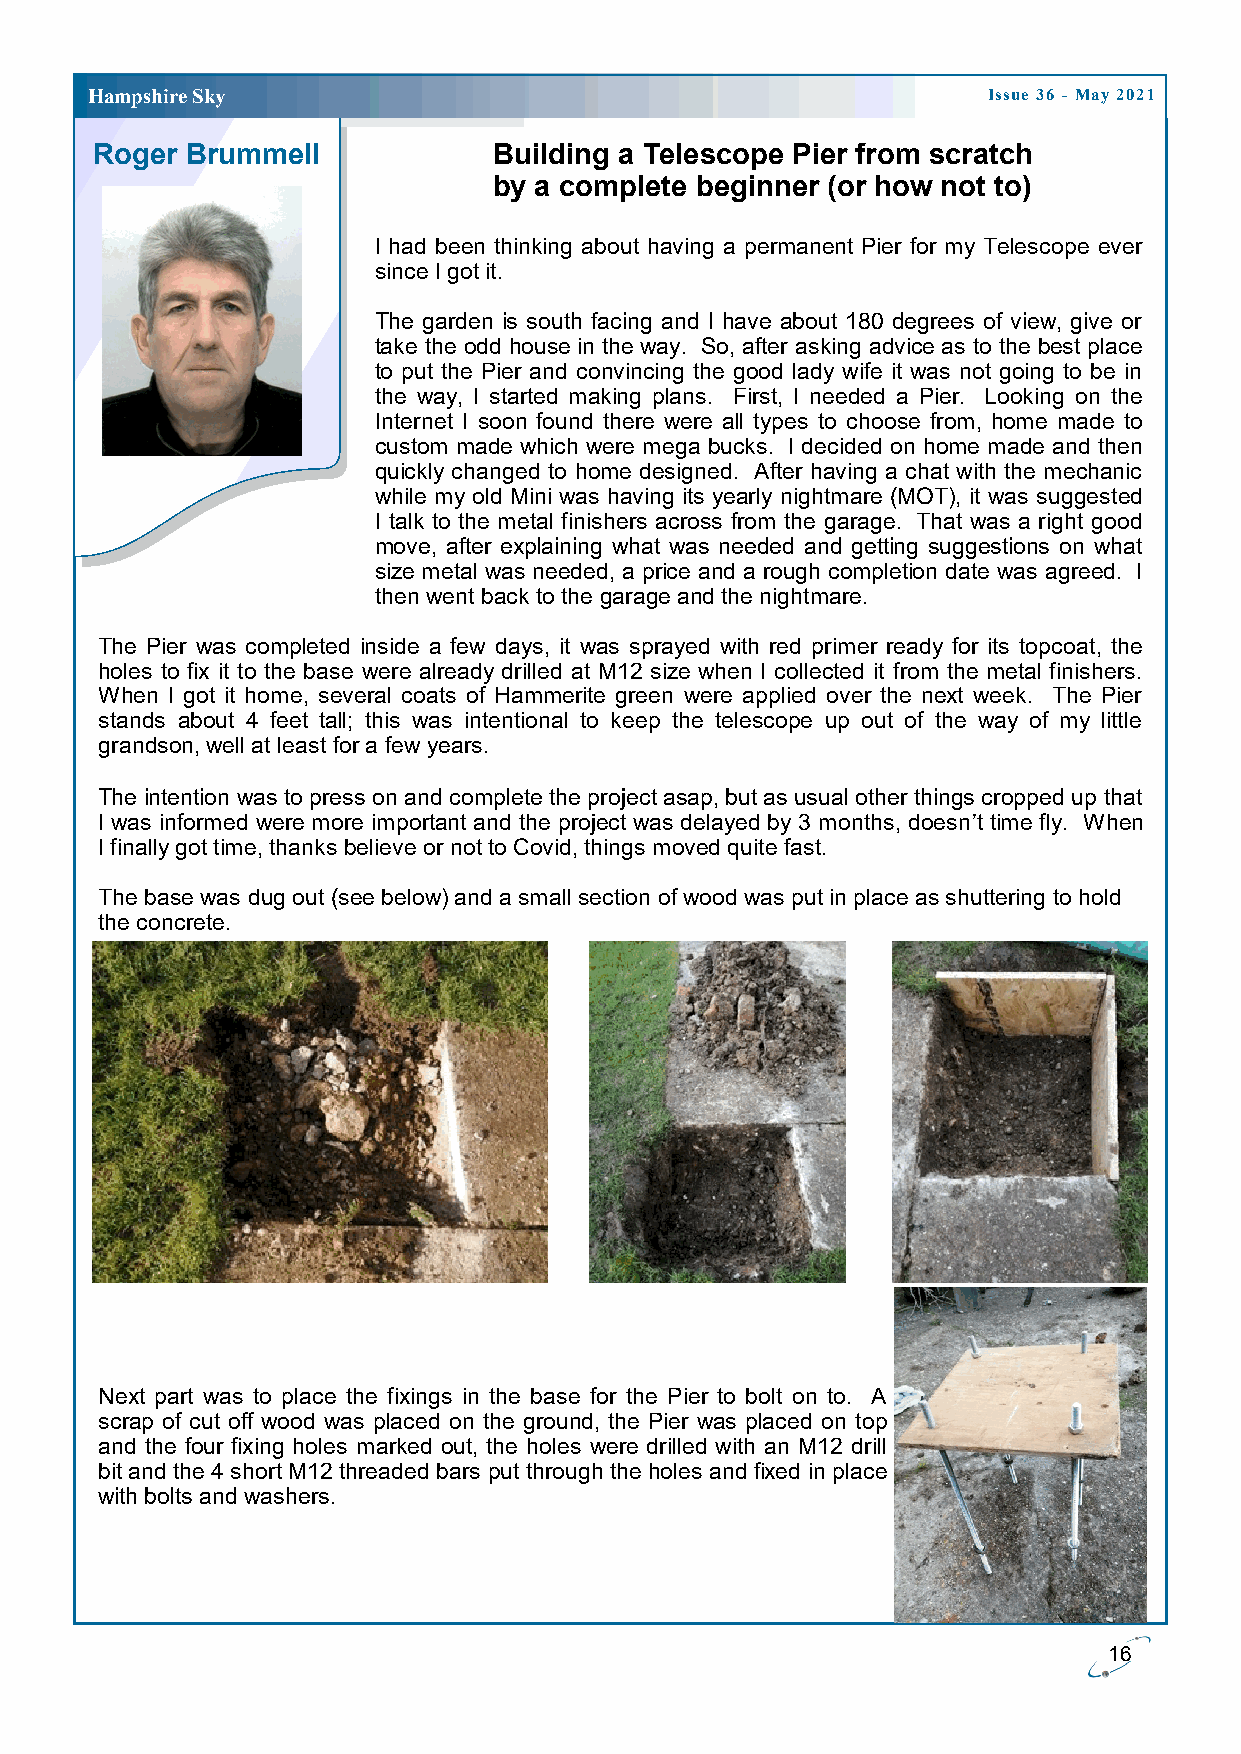
H ampshire Sky                                             Issue 36 - May 2021
 Roger Brummell             Building a Telescope Pier from scratch
 by a complete beginner (or how not to)
 I had been thinking about having a permanent Pier for my Telescope ever
 since I got it.
 The garden is south facing and I have about 180 degrees of view, give or
 take the odd house in the way. So, after asking advice as to the best place
 to put the Pier and convincing the good lady wife it was not going to be in
 the way, I started making plans. First, I needed a Pier. Looking on the
 Internet I soon found there were all types to choose from, home made to
 custom made which were mega bucks. I decided on home made and then
 quickly changed to home designed. After having a chat with the mechanic
 while my old Mini was having its yearly nightmare (MOT), it was suggested
 I talk to the metal finishers across from the garage. That was a right good
 move, after explaining what was needed and getting suggestions on what
 size metal was needed, a price and a rough completion date was agreed. I
 then went back to the garage and the nightmare.
 The Pier was completed inside a few days, it was sprayed with red primer ready for its topcoat, the
 holes to fix it to the base were already drilled at M12 size when I collected it from the metal finishers.
 When I got it home, several coats of Hammerite green were applied over the next week. The Pier
 stands about 4 feet tall; this was intentional to keep the telescope up out of the way of my little
 grandson, well at least for a few years.
 The intention was to press on and complete the project asap, but as usual other things cropped up that
 I was informed were more important and the project was delayed by 3 months, doesn’t time fly. When
 I finally got time, thanks believe or not to Covid, things moved quite fast.
 The base was dug out (see below) and a small section of wood was put in place as shuttering to hold
 the concrete.
 Next part was to place the fixings in the base for the Pier to bolt on to. A
 scrap of cut off wood was placed on the ground, the Pier was placed on top
 and the four fixing holes marked out, the holes were drilled with an M12 drill
 bit and the 4 short M12 threaded bars put through the holes and fixed in place
 with bolts and washers.
 16